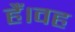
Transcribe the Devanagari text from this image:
हैं।वह